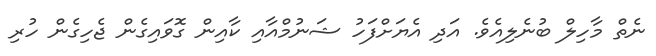
ނެތް މާހިލް ބުނެލިއެވެ. އަދި އެޔަށްފަހު ޝަނުމްއާއި ކާއިން ގޮވައިގެން ޖެހިގެން ހުރި